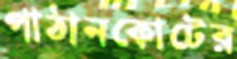
পাঠানকোটের